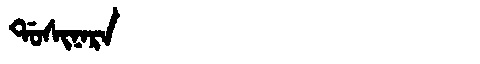
Manchu: ᡩᠣᠰᡳᠨᠠᡵᠠ
Romanization: DOSINARA